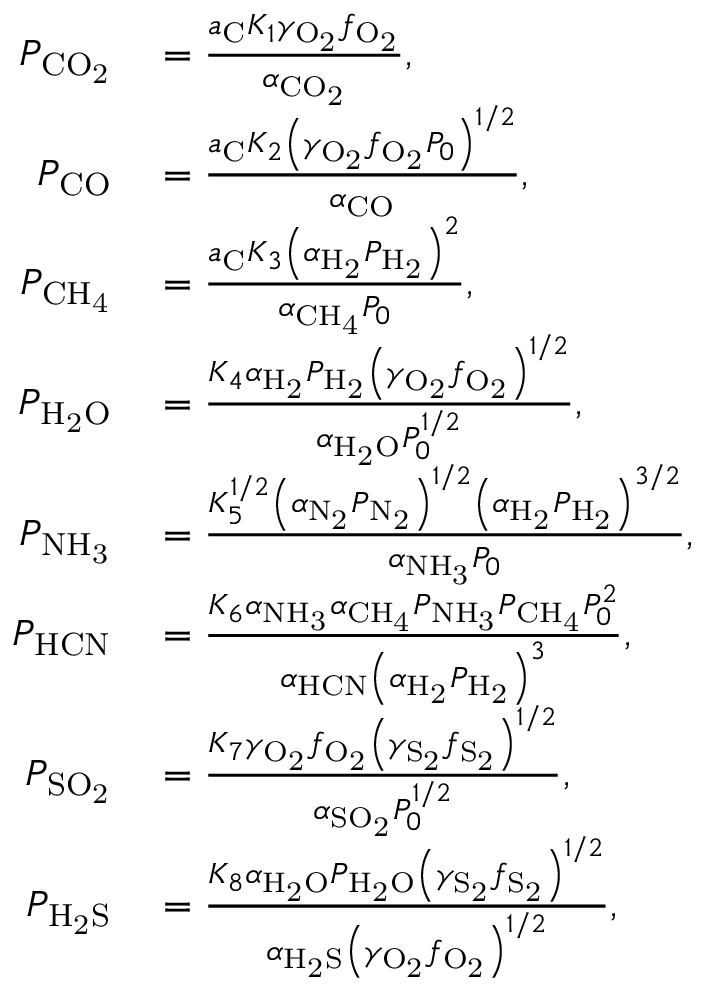
\begin{array} { r l } { P _ { \mathrm { C O _ { 2 } } } } & { { } = \frac { a _ { \mathrm { C } } K _ { 1 } \gamma _ { \mathrm { O _ { 2 } } } f _ { \mathrm { O _ { 2 } } } } { \alpha _ { \mathrm { C O _ { 2 } } } } , } \\ { P _ { \mathrm { C O } } } & { { } = \frac { a _ { \mathrm { C } } K _ { 2 } \left( \gamma _ { \mathrm { O _ { 2 } } } f _ { \mathrm { O _ { 2 } } } P _ { 0 } \right) ^ { 1 / 2 } } { \alpha _ { \mathrm { C O } } } , } \\ { P _ { \mathrm { C H _ { 4 } } } } & { { } = \frac { a _ { \mathrm { C } } K _ { 3 } \left( \alpha _ { \mathrm { H _ { 2 } } } P _ { \mathrm { H _ { 2 } } } \right) ^ { 2 } } { \alpha _ { \mathrm { C H _ { 4 } } } P _ { 0 } } , } \\ { P _ { \mathrm { H _ { 2 } O } } } & { { } = \frac { K _ { 4 } \alpha _ { \mathrm { H _ { 2 } } } P _ { \mathrm { H _ { 2 } } } \left( \gamma _ { \mathrm { O _ { 2 } } } f _ { \mathrm { O _ { 2 } } } \right) ^ { 1 / 2 } } { \alpha _ { \mathrm { H _ { 2 } O } } P _ { 0 } ^ { 1 / 2 } } , } \\ { P _ { \mathrm { N H _ { 3 } } } } & { { } = \frac { K _ { 5 } ^ { 1 / 2 } \left( \alpha _ { \mathrm { N _ { 2 } } } P _ { \mathrm { N _ { 2 } } } \right) ^ { 1 / 2 } \left( \alpha _ { \mathrm { H _ { 2 } } } P _ { \mathrm { H _ { 2 } } } \right) ^ { 3 / 2 } } { \alpha _ { \mathrm { N H _ { 3 } } } P _ { 0 } } , } \\ { P _ { \mathrm { H C N } } } & { { } = \frac { K _ { 6 } \alpha _ { \mathrm { N H _ { 3 } } } \alpha _ { \mathrm { C H _ { 4 } } } P _ { \mathrm { N H _ { 3 } } } P _ { \mathrm { C H _ { 4 } } } P _ { 0 } ^ { 2 } } { \alpha _ { \mathrm { H C N } } \left( \alpha _ { \mathrm { H _ { 2 } } } P _ { \mathrm { H _ { 2 } } } \right) ^ { 3 } } , } \\ { P _ { \mathrm { S O _ { 2 } } } } & { { } = \frac { K _ { 7 } \gamma _ { \mathrm { O _ { 2 } } } f _ { \mathrm { O _ { 2 } } } \left( \gamma _ { \mathrm { S _ { 2 } } } f _ { \mathrm { S _ { 2 } } } \right) ^ { 1 / 2 } } { \alpha _ { \mathrm { S O _ { 2 } } } P _ { 0 } ^ { 1 / 2 } } , } \\ { P _ { \mathrm { H _ { 2 } S } } } & { { } = \frac { K _ { 8 } \alpha _ { \mathrm { H _ { 2 } O } } P _ { \mathrm { H _ { 2 } O } } \left( \gamma _ { \mathrm { S _ { 2 } } } f _ { \mathrm { S _ { 2 } } } \right) ^ { 1 / 2 } } { \alpha _ { \mathrm { H _ { 2 } S } } \left( \gamma _ { \mathrm { O _ { 2 } } } f _ { \mathrm { O _ { 2 } } } \right) ^ { 1 / 2 } } , } \end{array}